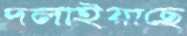
দলাইয়াছে